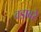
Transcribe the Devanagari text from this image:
वडावरे